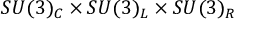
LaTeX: S U ( 3 ) _ { C } \times S U ( 3 ) _ { L } \times S U ( 3 ) _ { R }